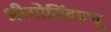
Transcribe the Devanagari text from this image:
श्रीगोविंदप्रभू